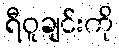
ရီဝူချင်းကို